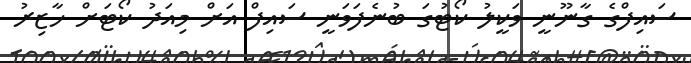
ސައިފްގެ ގާނޫނީ ވަކީލު ކޯޓުގަ ބުނެފަވަނީ ސައިފް އަށް މިއަދު ކޯޓަށް ހާޒިރު